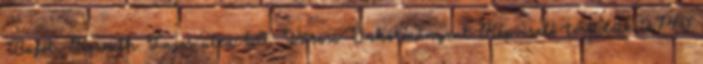
Bajót, Kossuth Lajos utca 69. Városi Önkormányzat Képviselő-testülete 2740